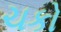
ચકો